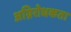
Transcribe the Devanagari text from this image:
अग्निरोधकता